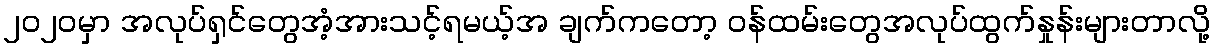
၂၀၂၀မှာ အလုပ်ရှင်တွေအံ့အားသင့်ရမယ့်အ ချက်ကတော့ ဝန်ထမ်းတွေအလုပ်ထွက်နှုန်းများတာလို့